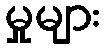
မှုများ